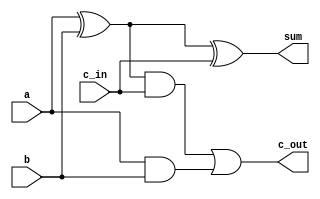
module fulladd(sum, c_out, a, b, c_in);
output sum;
output c_out;
input a;
input b;
input c_in;
wire s1, c1, c2;
xor(s1, a, b);
xor(sum, s1, c_in);
and(c1, a, b);
and(c2, s1, c_in);
or(c_out, c2, c1);
endmodule